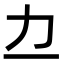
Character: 𫦤